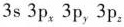
3s 3p_{x} 3p_{y} 3p_{z}